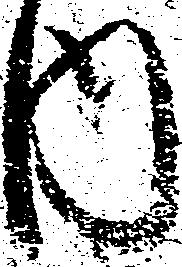
内